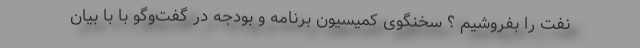
نفت را بفروشیم ؟ سخنگوی کمیسیون برنامه و بودجه در گفت‌وگو با با بیان